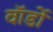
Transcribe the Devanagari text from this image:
वॉर्डो